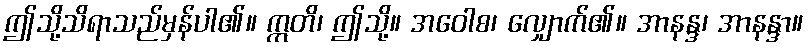
ဤသို့သိရာသည်မှန်ပါ၏။ ဣတိ၊ ဤသို့။ အဝေါစ၊ လျှောက်၏။ အာနန္ဒ၊ အာနန္ဒာ။